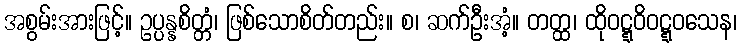
အစွမ်းအားဖြင့်။ ဥပ္ပန္နစိတ္တံ၊ ဖြစ်သောစိတ်တည်း။ စ၊ ဆက်ဦးအံ့။ တတ္ထ၊ ထိုဝဋ္ဋဝိဝဋ္ဋဝသေန၊